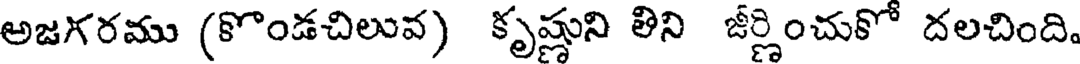
అజగరము (కొండచిలువ) కృష్ణుని లిని జీర్ణించుకో దలచింది